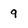
Character: 9